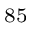
^ { 8 5 }